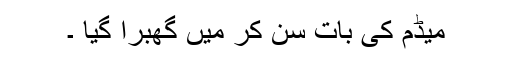
میڈم کی بات سن کر میں گھبرا گیا ۔